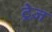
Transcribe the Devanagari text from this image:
ट्रेज़